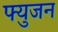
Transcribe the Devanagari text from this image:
फ्युजन